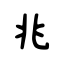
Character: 兆